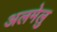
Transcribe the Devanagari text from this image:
अलमेलु